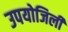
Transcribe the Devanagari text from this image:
उपयोजिली